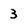
Character: 3